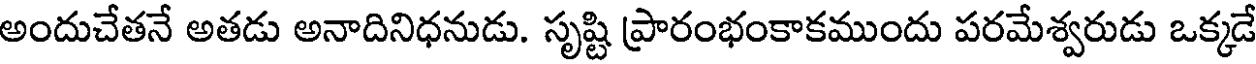
అందుచేతనే అతడు అనాదినిధనుడు. సృష్టి ప్రారంభంకాకముందు పరమేశ్వరుడు ఒక్కడే